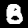
Label: 8